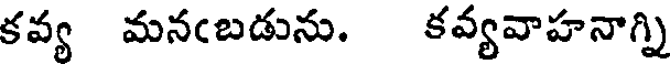
కవ్య మనఁబడును. కవ్యవాహనాగ్ని